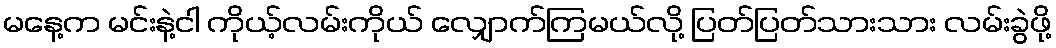
မနေ့က မင်းနဲ့ငါ ကိုယ့်လမ်းကိုယ် လျှောက်ကြမယ်လို့ ပြတ်ပြတ်သားသား လမ်းခွဲဖို့